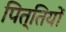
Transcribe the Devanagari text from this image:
पित्तियों